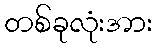
တစ်ခုလုံးအား